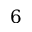
6